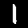
Label: 1